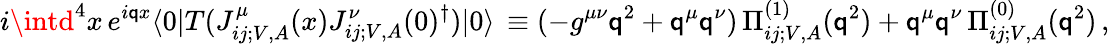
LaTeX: i\intd^{4}x\, e^{i\mathsf{q}x}\langle0|T(J_{ij;V,A}^{\mu}(x)J_{ij;V,A}^{\nu}(0)^{\dagger})|0\rangle\, \equiv(-g^{\mu\nu}\mathsf{q}^{2}+\mathsf{q}^{\mu}\mathsf{q}^{\nu})\, \Pi_{ij;V,A}^{(1)}(\mathsf{q}^{2})+\mathsf{q}^{\mu}\mathsf{q}^{\nu}\, \Pi_{ij;V,A}^{(0)}(\mathsf{q}^{2})\, ,